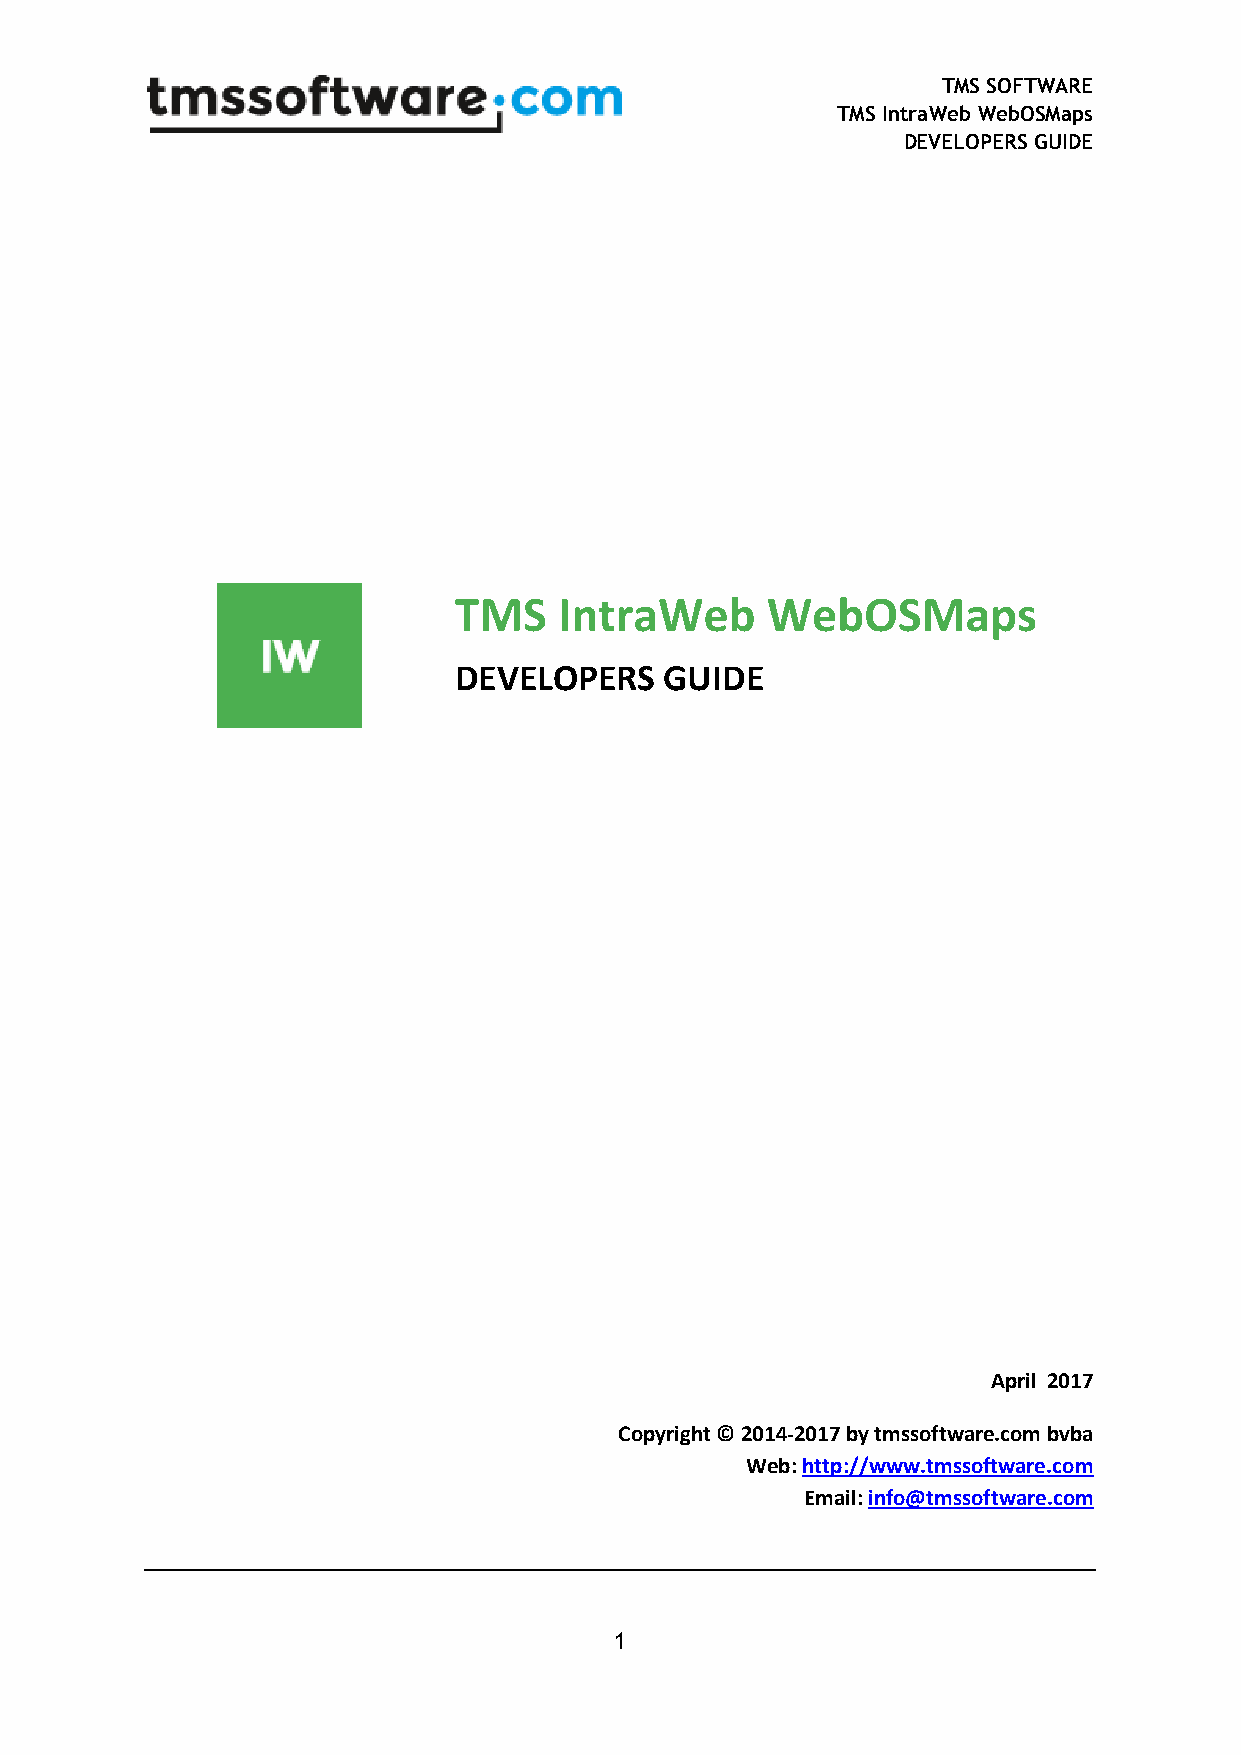
TMS SOFTWARE
 TMS IntraWeb WebOSMaps
 DEVELOPERS GUIDE
 TMS    IntraWeb      WebOSMaps
 DEVELOPERS    GUIDE
 April 2017
 Copyright © 2014-2017 by tmssoftware.com bvba
 Web: http://www.tmssoftware.com
 Email: info@tmssoftware.com
 1